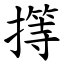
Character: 㩐